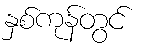
နှစ်ကုန်တွင်